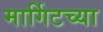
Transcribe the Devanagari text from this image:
मार्गिटच्या